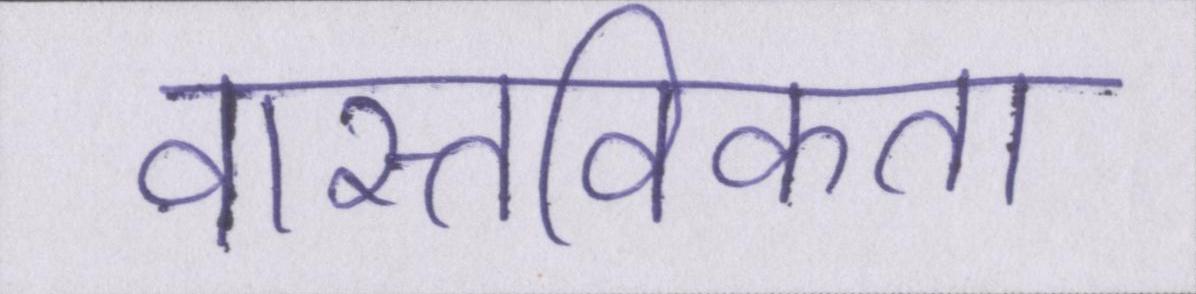
वास्तविकता